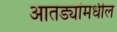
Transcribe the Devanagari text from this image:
आतड्यांमधील